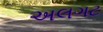
અલગટ